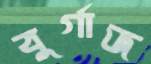
বুর্গাজ